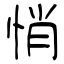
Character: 悄